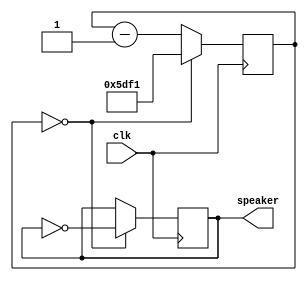
module music1(clk, speaker);
input clk; //50  mhz clock
output speaker;

//calculate clock divider for the A 440 note
parameter clkdivider = 50000000/440/2;

reg [14:0] counter;
always @(posedge clk) 

	if( counter == 0) 
		counter <= clkdivider - 1;
	else
		counter <= counter - 1;
		
reg speaker;

always @(posedge clk) if(counter == 0) speaker = ~speaker;
endmodule